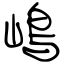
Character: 嶋